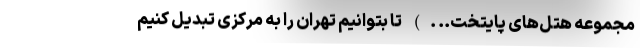
مجموعه هتل‌های پایتخت.. .) تا بتوانیم تهران را به مرکزی تبدیل کنیم